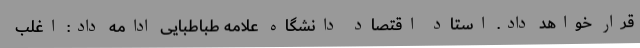
قرار خواهد داد. استاد اقتصاد دانشگاه علامه طباطبایی ادامه داد: اغلب